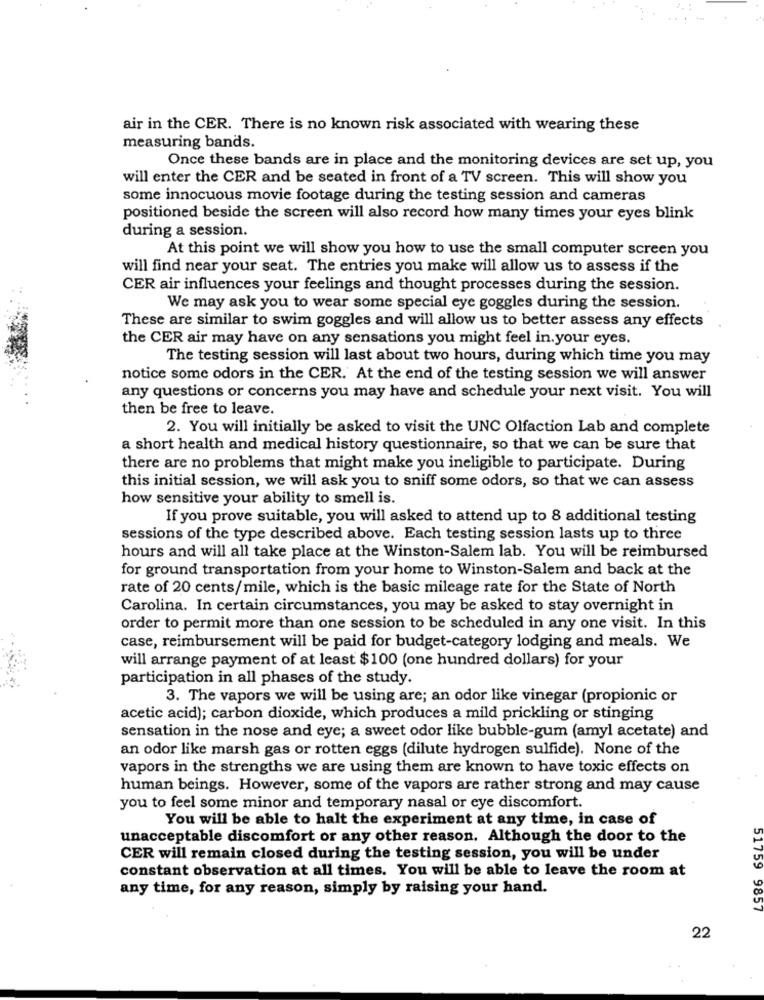
air in the CER. There is no known risk associated with wearing these
measuring bands.
Once these bands are in place and the monitoring devices are set up, you
will enter the CER and be seated in front of a TV screen. This will show you
some innocuous movie footage during the testing session and cameras
positioned beside the screen will also record how many times your eyes blink
during a session.
At this point we will show you how to use the small computer screen you
will find near your seat. The entries you make will allow us to assess if the
CER air influences your feelings and thought processes during the session.
We may ask you to wear some special eye goggles during the session.
These are similar to swim goggles and will allow us to better assess any effects
the CER air may have on any sensations you might feel in.your eyes.
The testing session will last about two hours, during which time you may
notice some odors in the CER. At the end of the testing session we will answer
any questions or concerns you may have and schedule your next visit. You will
then be free to leave.
2. You will initially be asked to visit the UNC Olfaction Lab and complete
a short health and medical history questionnaire, so that we can be sure that
there are no problems that might make you ineligible to participate. During
this initial session, we will ask you to sniff some odors, so that we can assess
how sensitive your ability to smell is.
If you prove suitable, you will asked to attend up to 8 additional testing
sessions of the type described above. Each testing session lasts up to three
hours and will all take place at the Winston-Salem lab. You will be reimbursed
for ground transportation from your home to Winston-Salem and back at the
rate of 20 cents/mile, which is the basic mileage rate for the State of North
Carolina. In certain circumstances, you may be asked to stay overnight in
order to permit more than one session to be scheduled in any one visit. In this
case, reimbursement will be paid for budget-category lodging and meals. We
will arrange payment of at least $100 (one hundred dollars) for your
participation in all phases of the study.
3. The vapors we will be using are; an odor like vinegar (propionic or
acetic acid); carbon dioxide, which produces a mild prickling or stinging
sensation in the nose and eye; a sweet odor like bubble-gum (amyl acetate) and
an odor like marsh gas or rotten eggs (dilute hydrogen sulfide). None of the
vapors in the strengths we are using them are known to have toxic effects on
human beings. However, some of the vapors are rather strong and may cause
you to feel some minor and temporary nasal or eye discomfort.
You will be able to halt the experiment at any time, in case of
unacceptable discomfort or any other reason. Although the door to the
CER will remain closed during the testing session, you will be under
constant observation at all times. You will be able to leave the room at
any time, for any reason, simply by raising your hand.
51759 9857
22